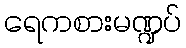
ရေကစားမဏ္ဍပ်